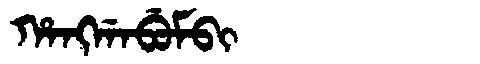
Manchu: ᡥᠠᠩᡤᠠᠪᡠᠮᠪᡳ
Romanization: HANGGABUMBI